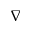
\nabla